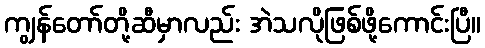
ကျွန်တော်တို့ဆီမှာလည်း အဲသလိုဖြစ်ဖို့ကောင်းပြီ။